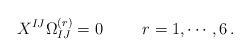
LaTeX: \begin{align*}X^{IJ} \Omega_{IJ}^{(r)} = 0\hskip 1truecm r = 1,\cdots ,6\, .\end{align*}